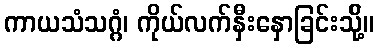
ကာယသံသဂ္ဂံ၊ ကိုယ်လက်နှီးနှောခြင်းသို့်။